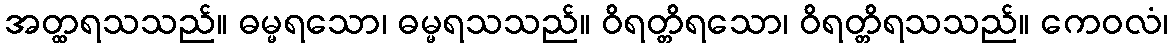
အတ္ထရသသည်။ ဓမ္မရသော၊ ဓမ္မရသသည်။ ဝိရတ္တိရသော၊ ဝိရတ္တိရသသည်။ ကေဝလံ၊